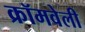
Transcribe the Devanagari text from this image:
क्रॉमवेली